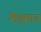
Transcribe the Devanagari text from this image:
दिङ्‌मान